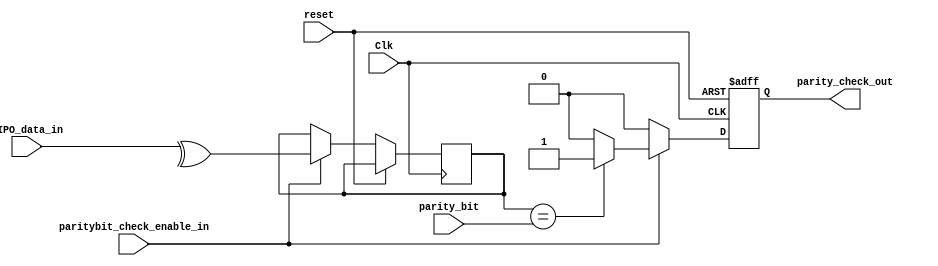
`timescale 10ns / 1ps
//////////////////////////////////////////////////////////////////////////////////
// Company: 
// Engineer: 
// 
// Design Name: 
// Module Name: RECIEVER_PARITYBIT_CHECK
// Project Name: 
// Target Devices: 
// Tool Versions: 
// Description: 
// 
// Dependencies: 
// 
// Revision:
// Revision 0.01 - File Created
// Additional Comments:
// 
//////////////////////////////////////////////////////////////////////////////////


module RECIEVER_PARITYBIT_CHECK(
    input parity_bit, 
    input [7:0] SIPO_data_in,
    input Clk, 
    input reset, 
    input paritybit_check_enable_in,
    
    output reg parity_check_out
    );
reg parity_temp;
always @ (posedge Clk or posedge reset) begin
    if (reset) begin
        parity_check_out <= 0;
    end
    else if (paritybit_check_enable_in)begin
        parity_temp <= ^SIPO_data_in;
        if (parity_temp == parity_bit) begin
            parity_check_out <= 1;
        end
        else
            parity_check_out <= 0;
    end
    else 
        parity_check_out <= 0;
    
end
endmodule